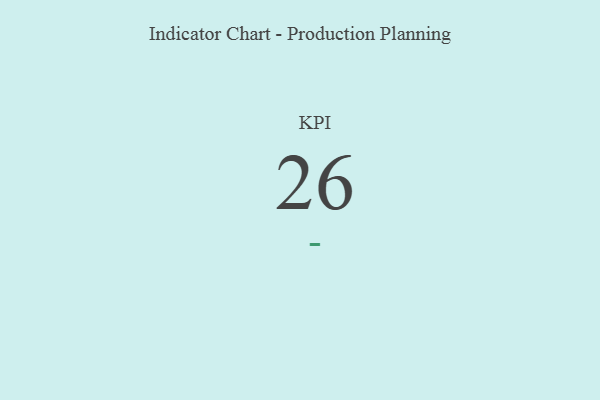
{"axis": {"x": "KPI", "y": "Value"}, "legend": [""], "data": [{"x": "KPI", "y": 26, "type": ""}]}